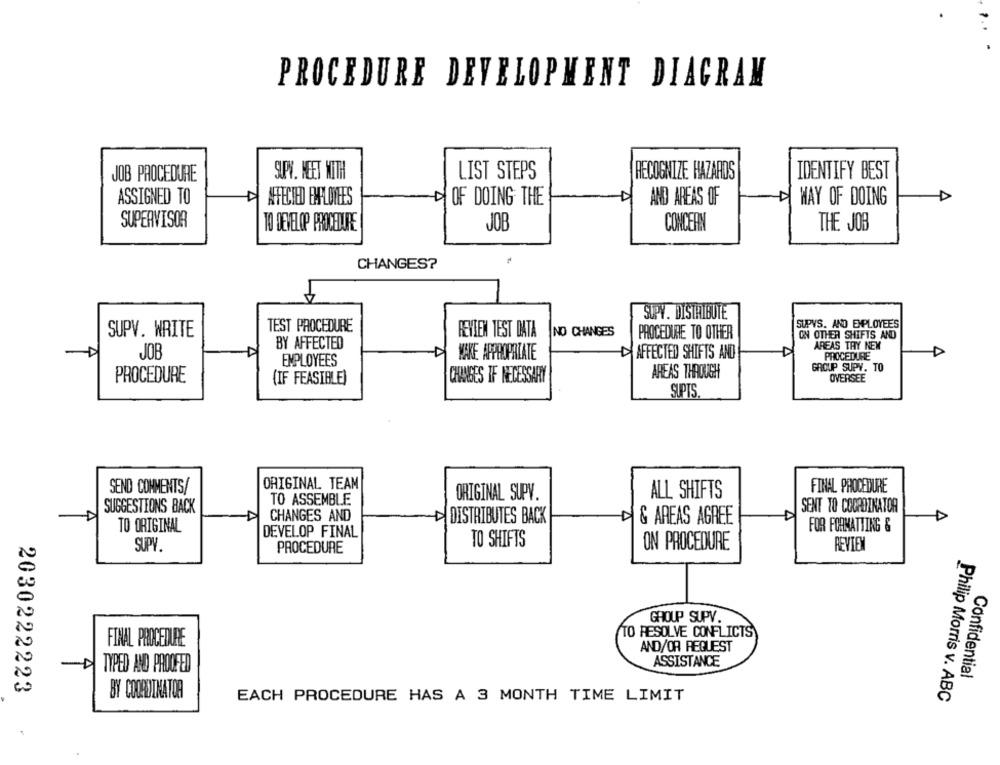
PROCEDURE DEVELOPMENT DIAGRAM
JOB PROCEDURE
SUPV. MEET WITH
LIST STEPS
RECOGNIZE HAZARDS
IDENTIFY BEST
ASSIGNED TO
WAY OF DOING
AFFECTED BHFLOYEES
OF DOING THE
AND AREAS OF
SUPERVISOR
TO DEVELOP PROCEDURE
JOB
CONCERN
THE JOB
CHANGES?
SUPY. DISTRIBUTE
TEST PROCEDURE
SUPVS. AND EMPLOYEES
SUPV. WRITE
REVIEN TEST DATA
NO CHANGES
PROCEDURE TO OTHER
ON OTHER SHIFTS AND
BY AFFECTED
AREAS THY NEW
JOB
MAKE APPROPRIATE
AFFECTED SHIFTS AND
PROCEDURE
EMPLOYEES
GROUP SUPV. TO
AREAS THROUGH
PROCEDURE
(IF FEASIBLE)
CHANGES IF NECESSARY
OVERSEE
SUPTS.
SEND COMMENTS/
ORIGINAL TEAM
FINAL PROCEDURE
ORIGINAL SUPV.
ALL SHIFTS
TO ASSEMBLE
SUGGESTIONS BACK
SENT TO COCPOZNATOR
D
CHANGES AND
DISTRIBUTES BACK
& AREAS AGREE
D
TO ORIGINAL
FOR FORMATTING &
DEVELOP FINAL
TO SHIFTS
SUPY.
PROCEDURE
ON PROCEDURE
REVIEW
GROUP SUPV.
TO RESOLVE CONFLICTS
FINAL PROCEDURE
AND/OR REQUEST
D
ASSISTANCE
TYPED AND PROOFED
Confidential
2030222223
BY COORDINATOR
EACH PROCEDURE HAS A 3 MONTH TIME LIMIT
Philip Morris v. ABC